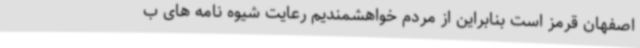
اصفهان قرمز است بنابراین از مردم خواهشمندیم رعایت شیوه نامه های ب